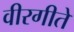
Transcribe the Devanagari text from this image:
वीरगीते